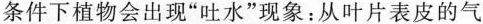
条件下植物会出现”吐水”现象：从叶片表皮的气